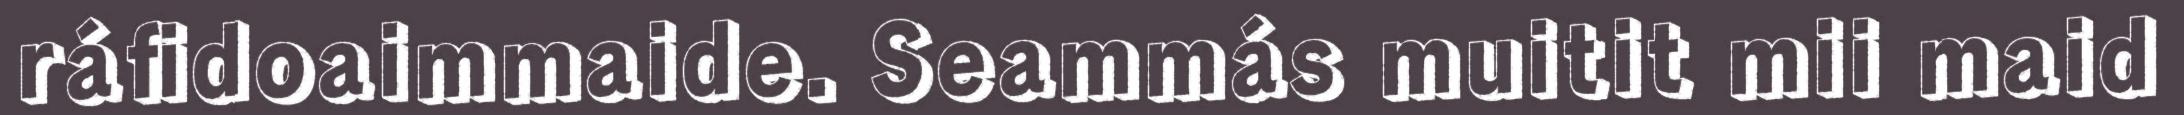
ráfidoaimmaide. Seammás muitit mii maid